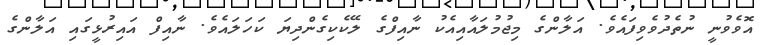
އޮވެވުނީ ނުތެދުވެވިފައެވެ. އަލާންގެ މިޖުމުލައާއިއެކު ނާއިފްގެ ލޭކެކިގެންދިޔަ ކަހަލައެވެ. ނާއިފް އައިރުޅީގައި އަލާންގެ